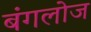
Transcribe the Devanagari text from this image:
बंगलोज